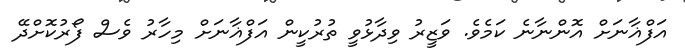
އަފްޣާާނަށް އޮންނާނެ ކަމެވެ. ވަޒީރު ވިދާޅުވީ ތުރުކީން އަފްޣާނަށް މިހާރު ވެސް ފޯރުކޮށްދޭ